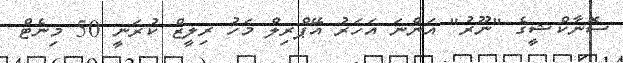
ސޮނާކްޝީގެ "ނޫރު" އަންނަ އަހަރު އޭޕްރިލް މަހު ރިލީޒް ކުރަނީ 50 މިނެޓް